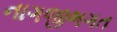
નાગજીભગત